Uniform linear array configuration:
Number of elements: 32
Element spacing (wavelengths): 1
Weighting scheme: hamming
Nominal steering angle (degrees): -60
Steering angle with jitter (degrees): -58.248
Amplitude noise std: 0.05
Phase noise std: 0.05

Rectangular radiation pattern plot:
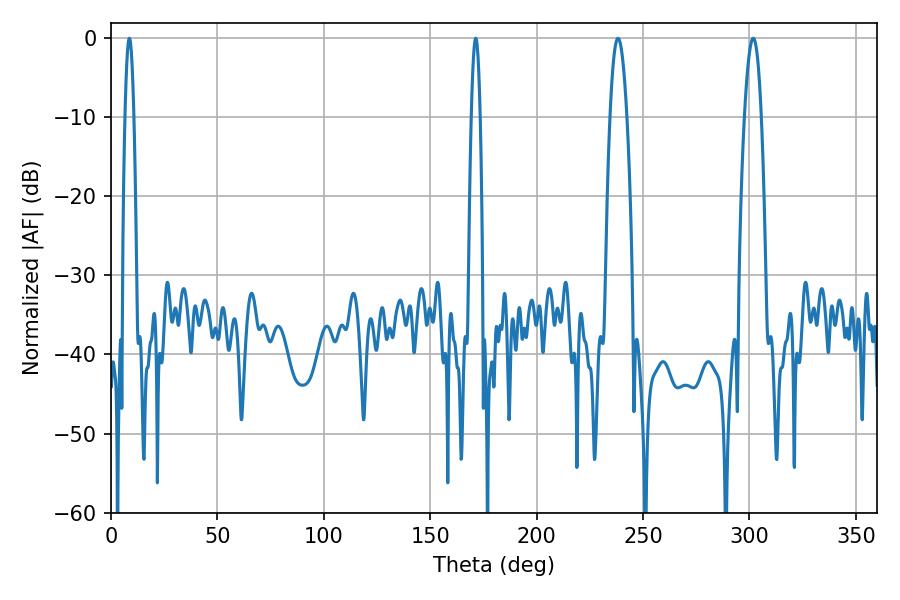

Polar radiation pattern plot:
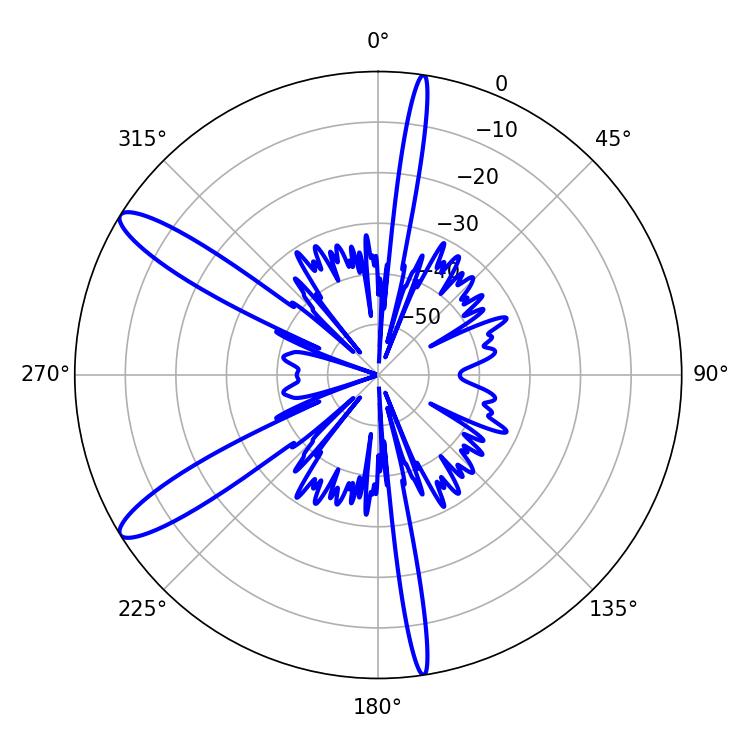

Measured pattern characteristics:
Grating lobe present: TRUE
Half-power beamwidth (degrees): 2.16
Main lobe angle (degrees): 8.64